Tartu_pedagoogiumi_aruanded, lk 8
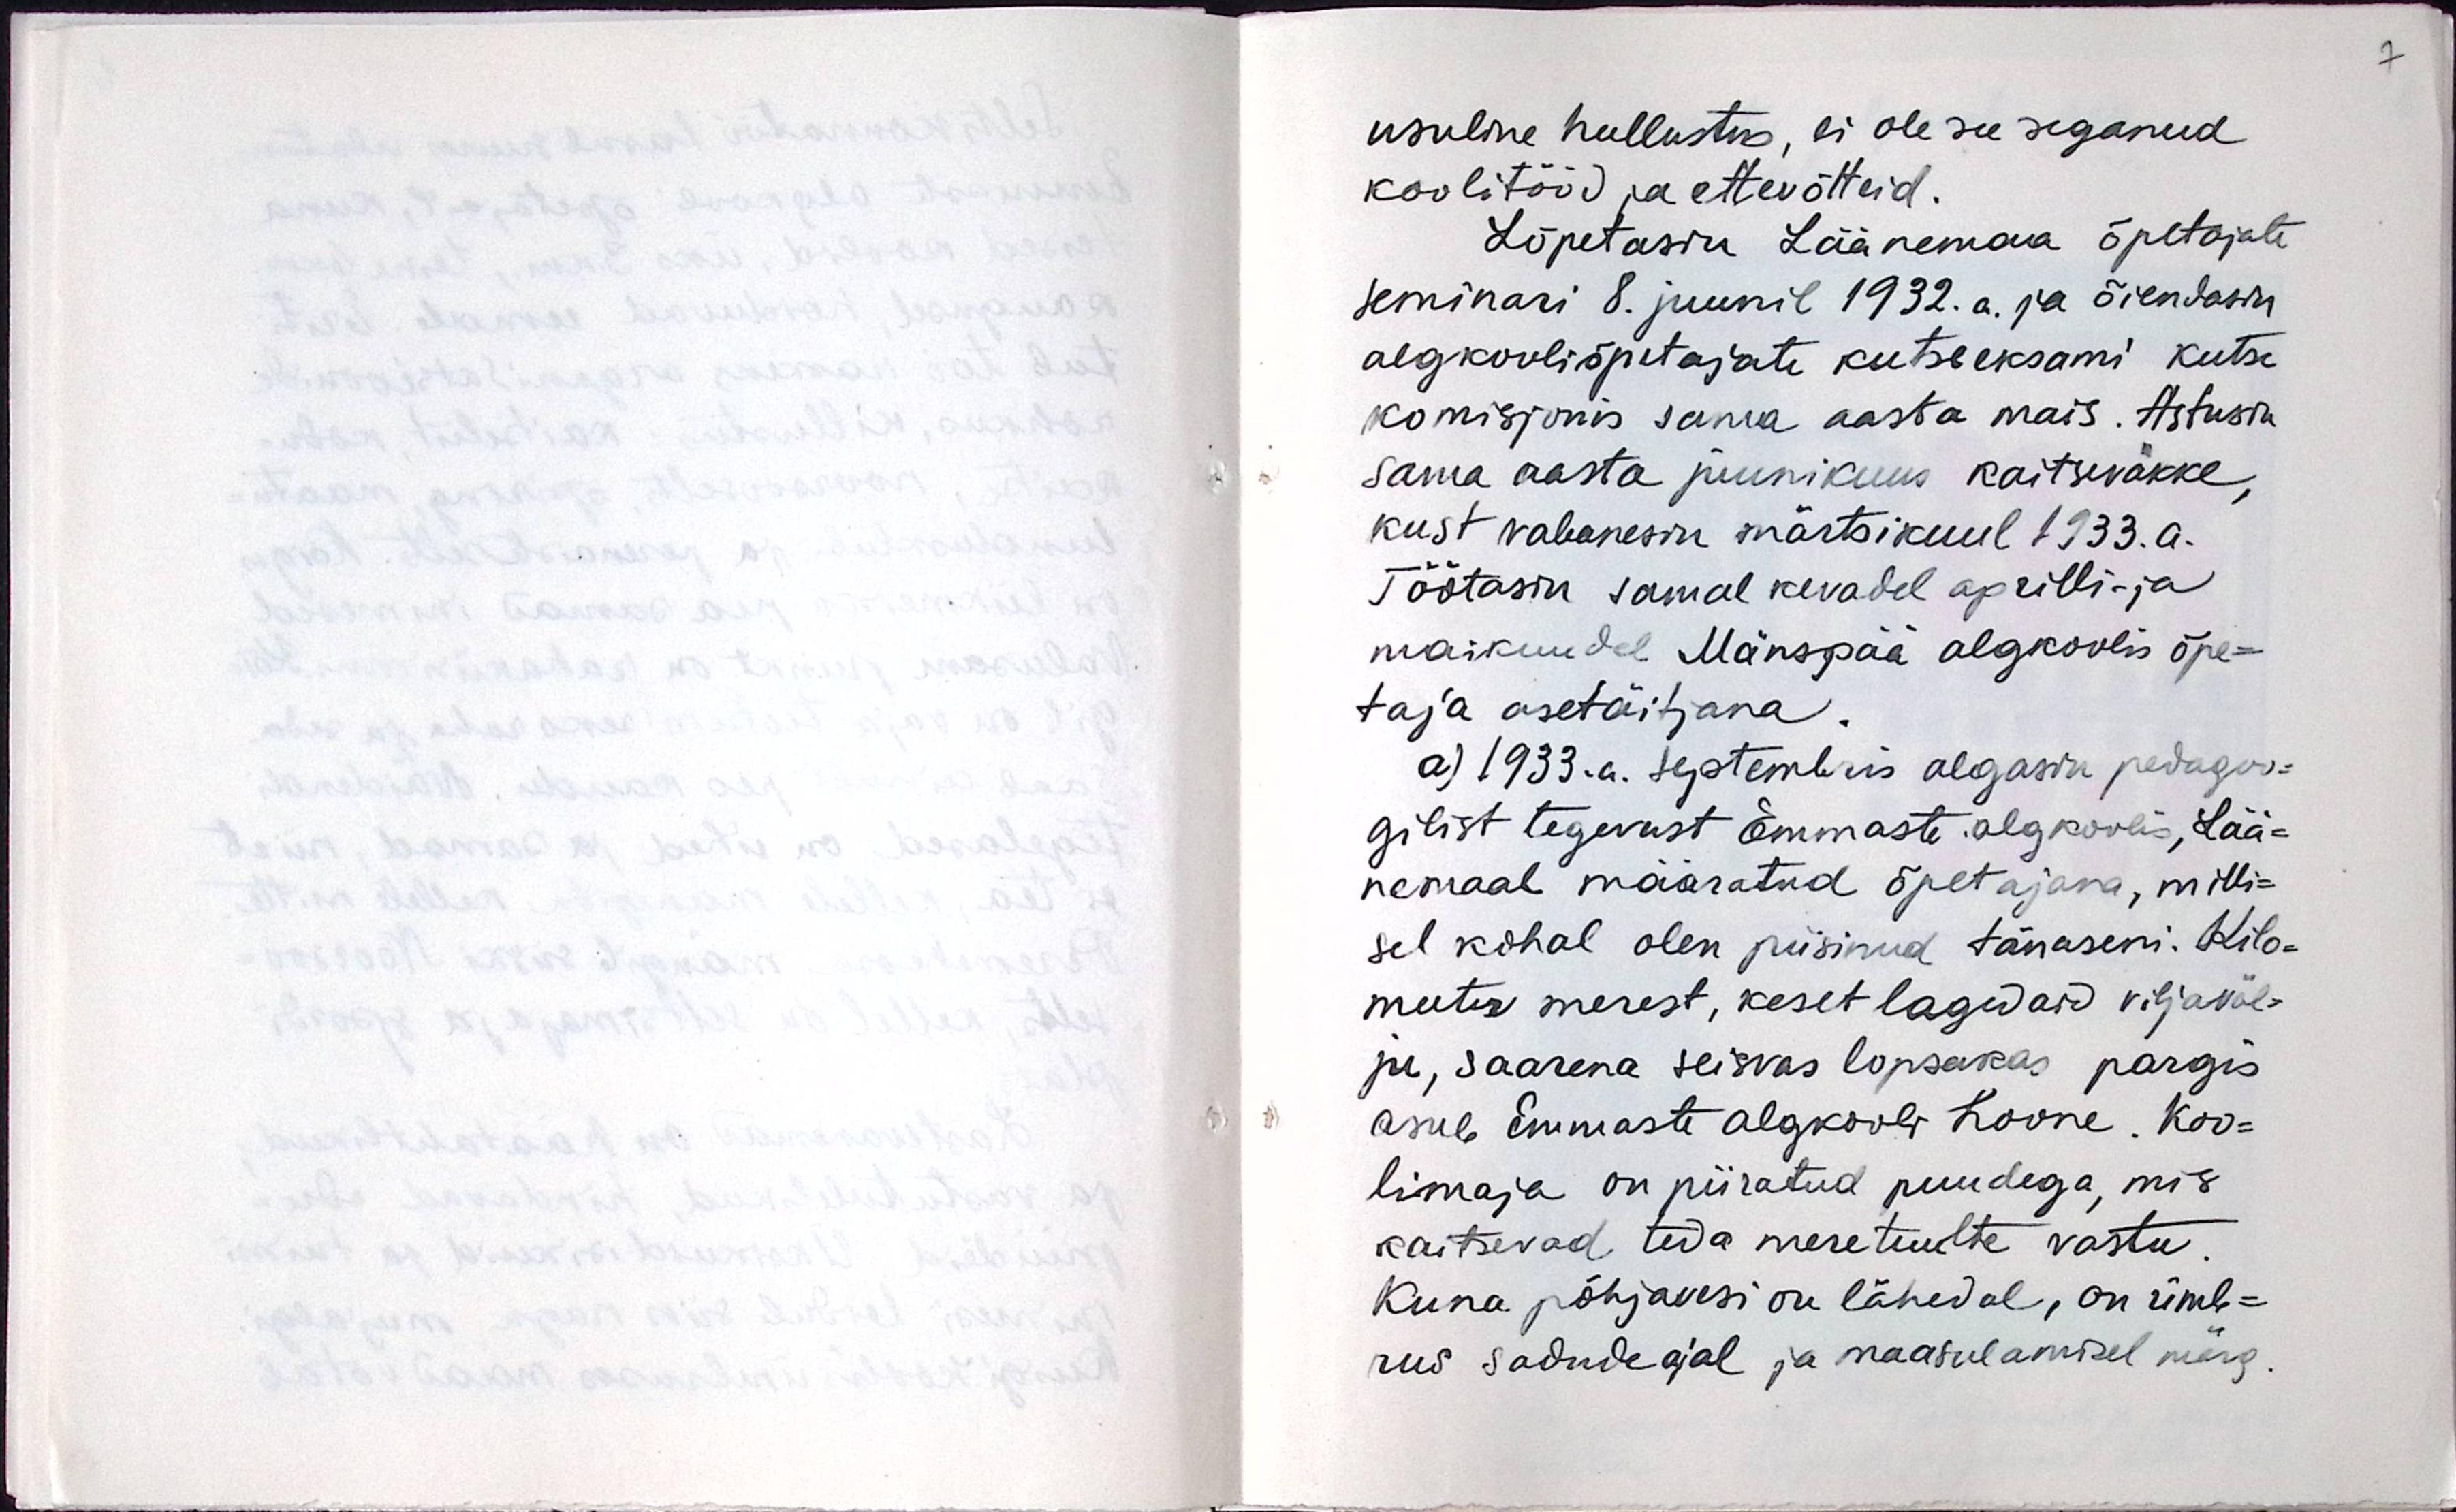
usuline hullustus, ei ole see seganud
koolitööd ja ettevõteid.
Lõpetasin Läänemaa õpetajate
seminari 8.juunil 1932.a ja õiendasin
algkooliõpetajate kutseeksami kutse
komisjoni sama aasta mais. Astusin
sama aasta juunikuu kaitseväkke,
kust vabanesin märtsikuul 1933.a.
Töötasin samal kevadel aprilli ja
maikuudel Mänspää algkoolis õpe-
taja asetäitjana.
a) 1933.a. septembris algasin pedagoo-
gilist tegevust Emmaste algkoolis, Lää-
nemaal määratud õpetajana, milli-
sel kohal olen püsinud tänaseni. Kilo-
meeter merest, keset lagedaid viljaväl-
ju, saarena seisvas lopsakas pargis
asub Emmaste algkool hoone. Koo-
limaja on piiratud puudega, mis
kaitsevad teda meretuulte vastu.
Kuna põhjavesi on lähedal, on ümb-
rus sadude ajal ja maasulamisel märg.